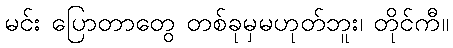
မင်း ပြောတာတွေ တစ်ခုမှမဟုတ်ဘူး၊ တိုင်ကီ။